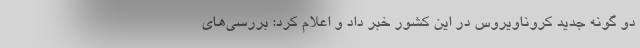
دو گونه جدید کروناویروس در این کشور خبر داد و اعلام کرد: بررسی‌های